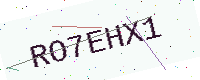
Text: RO7EHX1